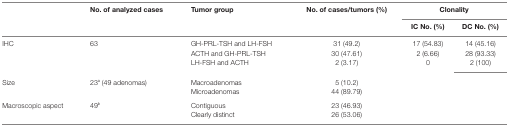
| <ROWSPAN=2>  | <ROWSPAN=2> No. of analyzed cases | <ROWSPAN=2> Tumor group | <ROWSPAN=2> No. of cases/tumors (%) | <COLSPAN=2> Clonality |
 | IC No. (%) | DC No. (%) |
 | --- | --- | --- | --- | --- | --- |
 | <ROWSPAN=3> IHC | <ROWSPAN=3> 63 | GH-PRL-TSH and LH-FSH | 31 (49.2) | 17 (54.83) | 14 (45.16) |
 | ACTH and GH-PRL-TSH | 30 (47.61) | 2 (6.66) | 28 (93.33) |
 | LH-FSH and ACTH | 2 (3.17) | 0 | 2 (100) |
 | <ROWSPAN=2> Size | <ROWSPAN=2> 23a (49 adenomas) | Macroadenomas | 5 (10.2) | <ROWSPAN=2-COLSPAN=2>  |
 | Microadenomas | 44 (89.79) |
 | <ROWSPAN=2> Macroscopic aspect | <ROWSPAN=2> 49b | Contiguous | 23 (46.93) | <ROWSPAN=2-COLSPAN=2>  |
 | Clearly distinct | 26 (53.06) |